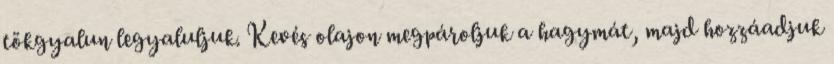
tökgyalun legyaluljuk. Kevés olajon megpároljuk a hagymát, majd hozzáadjuk